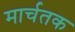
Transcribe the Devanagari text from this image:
मार्चतक